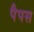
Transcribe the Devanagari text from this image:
पैपस